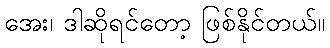
အေး၊ ဒါဆိုရင်တော့ ဖြစ်နိုင်တယ်။